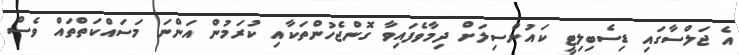
އެ ޖަލްސާގައި ޑިސެބިލިޓީ ކައުންސިލަށް ދިމާވެފައިވާ ގޮންޖެހުންތަކާއި ކުރަމުން އަންނަ މަސައްކަތްތައް ވެސް